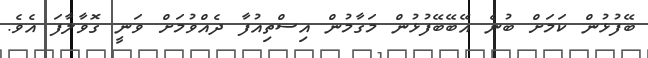
ބޭފުޅުން ކަމަށް ބުނެ އޭބޭބޭފުޅުން މަގާމުން އިސްތިއުފާ ދެއްވުމަށް ވަނީ ގޮވާލާފަ އެވެ.